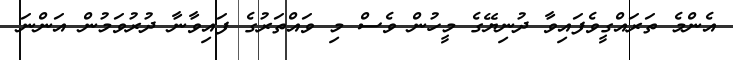
އެންމެ ތަރައްގީވެފައިވާ ދުނިޔޭގެ މީހުން ވެސް މި ވައްތަރުގެ ފައިވާނާ ދުރުވަމުން އަންނަ